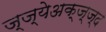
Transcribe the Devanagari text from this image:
ज्ज्येअक्ज्ज्द